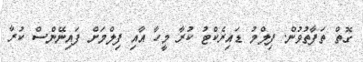
ގޮތް ތަފާތުވުން. ފިލްމު ޑައިރެކްޓު ކުރާ މީހާ އާއި ފިލްމަށް ފައިނޭންސް ކުރާ